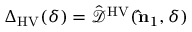
{ \Delta } _ { \mathrm { H V } } ( \delta ) = \hat { \mathcal { D } } ^ { \mathrm { H V } } ( { \bf \hat { n } } _ { 1 } , \delta )